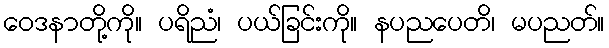
ဝေဒနာတို့ကို။ ပရိညံ၊ ပယ်ခြင်းကို။ နပညပေတိ၊ မပညတ်။